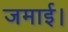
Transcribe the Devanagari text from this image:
जमाई।